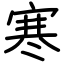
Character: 寒